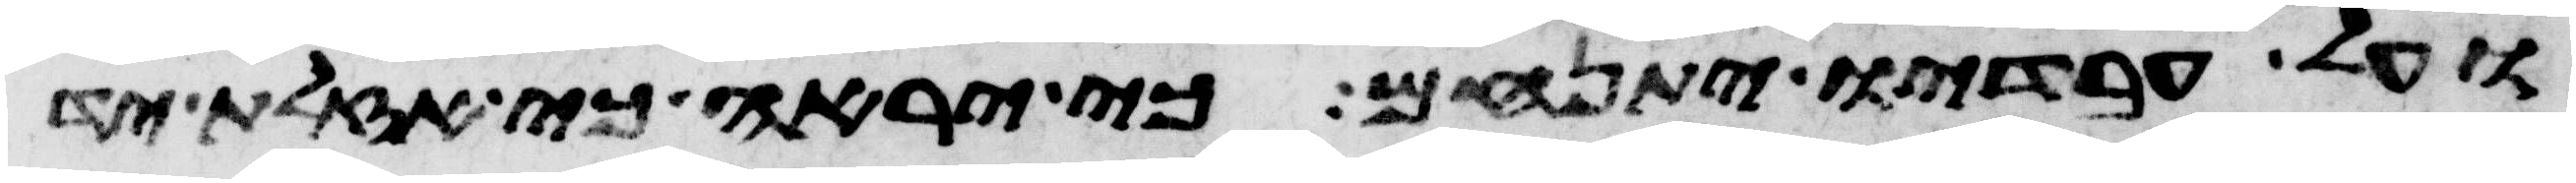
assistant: ועל עבדיו יתנחם כי יראה כי אזלת יד